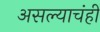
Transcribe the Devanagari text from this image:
असल्याचंही